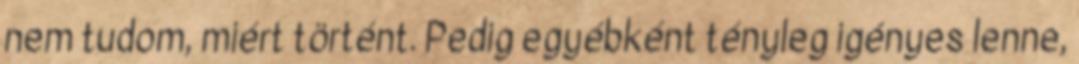
nem tudom, miért történt. Pedig egyébként tényleg igényes lenne,